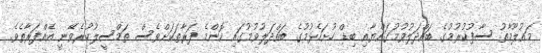
މަޢުލޫމާތު ސާފުކުރުމުގެ ބައްދަލުވުމުގައްޔާއި ބިޑް ހުށަހެޅުމުގެ ބައްދަލުވުމުގައި ކޮންމެ ފަރާތަކަށްވެސް ތަމްސީލުކުރެވޭނީ އެއްފަރާތެވެ.